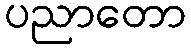
ပညာတော